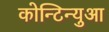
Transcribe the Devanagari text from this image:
कोन्टिन्युआ